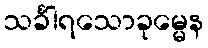
သင်္ခါရသောခုမ္မေန